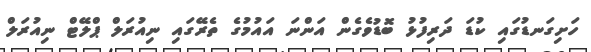
ހަށިގަނޑުގައި ކުޑަ ދަރިފުޅު ބޮޑުވެގެން އަންނަ އައުމުގެ ތެރޭގައި ނިއުރަލް ޕްލޭޓް ނިއުރަލް